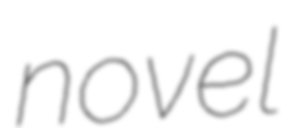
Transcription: novel